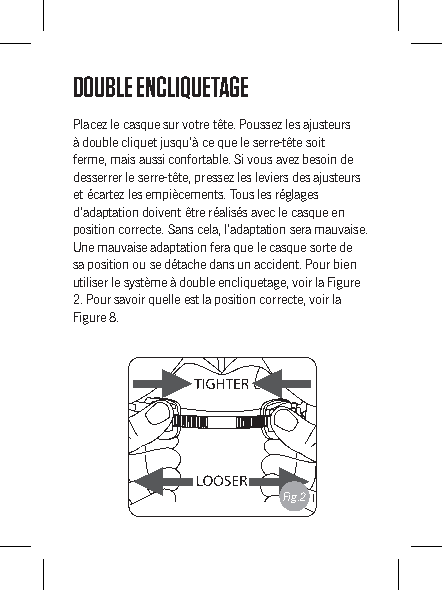
DOUBLE ENCLIQUETAGE
 Placez le casque sur votre tête. Poussez les ajusteurs
 à double cliquet jusqu’à ce que le serre-tête soit
 ferme, mais aussi confortable. Si vous avez besoin de
 desserrer le serre-tête, pressez les leviers des ajusteurs
 et écartez les empiècements. Tous les réglages
 d’adaptation doivent être réalisés avec le casque en
 position correcte. Sans cela, l’adaptation sera mauvaise.
 Une mauvaise adaptation fera que le casque sorte de
 sa position ou se détache dans un accident. Pour bien
 utiliser le système à double encliquetage, voir la Figure
 2. Pour savoir quelle est la position correcte, voir la
 Figure 8.
 Fig.2